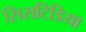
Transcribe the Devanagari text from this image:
सिसटिडिया